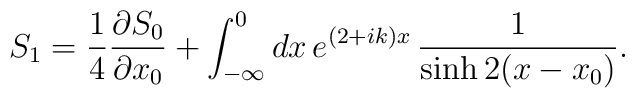
S_{1}=\frac{1}{4} \frac{\partial S_{0}}{\partial x_{0}}+\int_{-\infty}^{0}dx\,e^{(2+ik)x}\,\frac{1}{\sinh 2(x-x_{0})}.